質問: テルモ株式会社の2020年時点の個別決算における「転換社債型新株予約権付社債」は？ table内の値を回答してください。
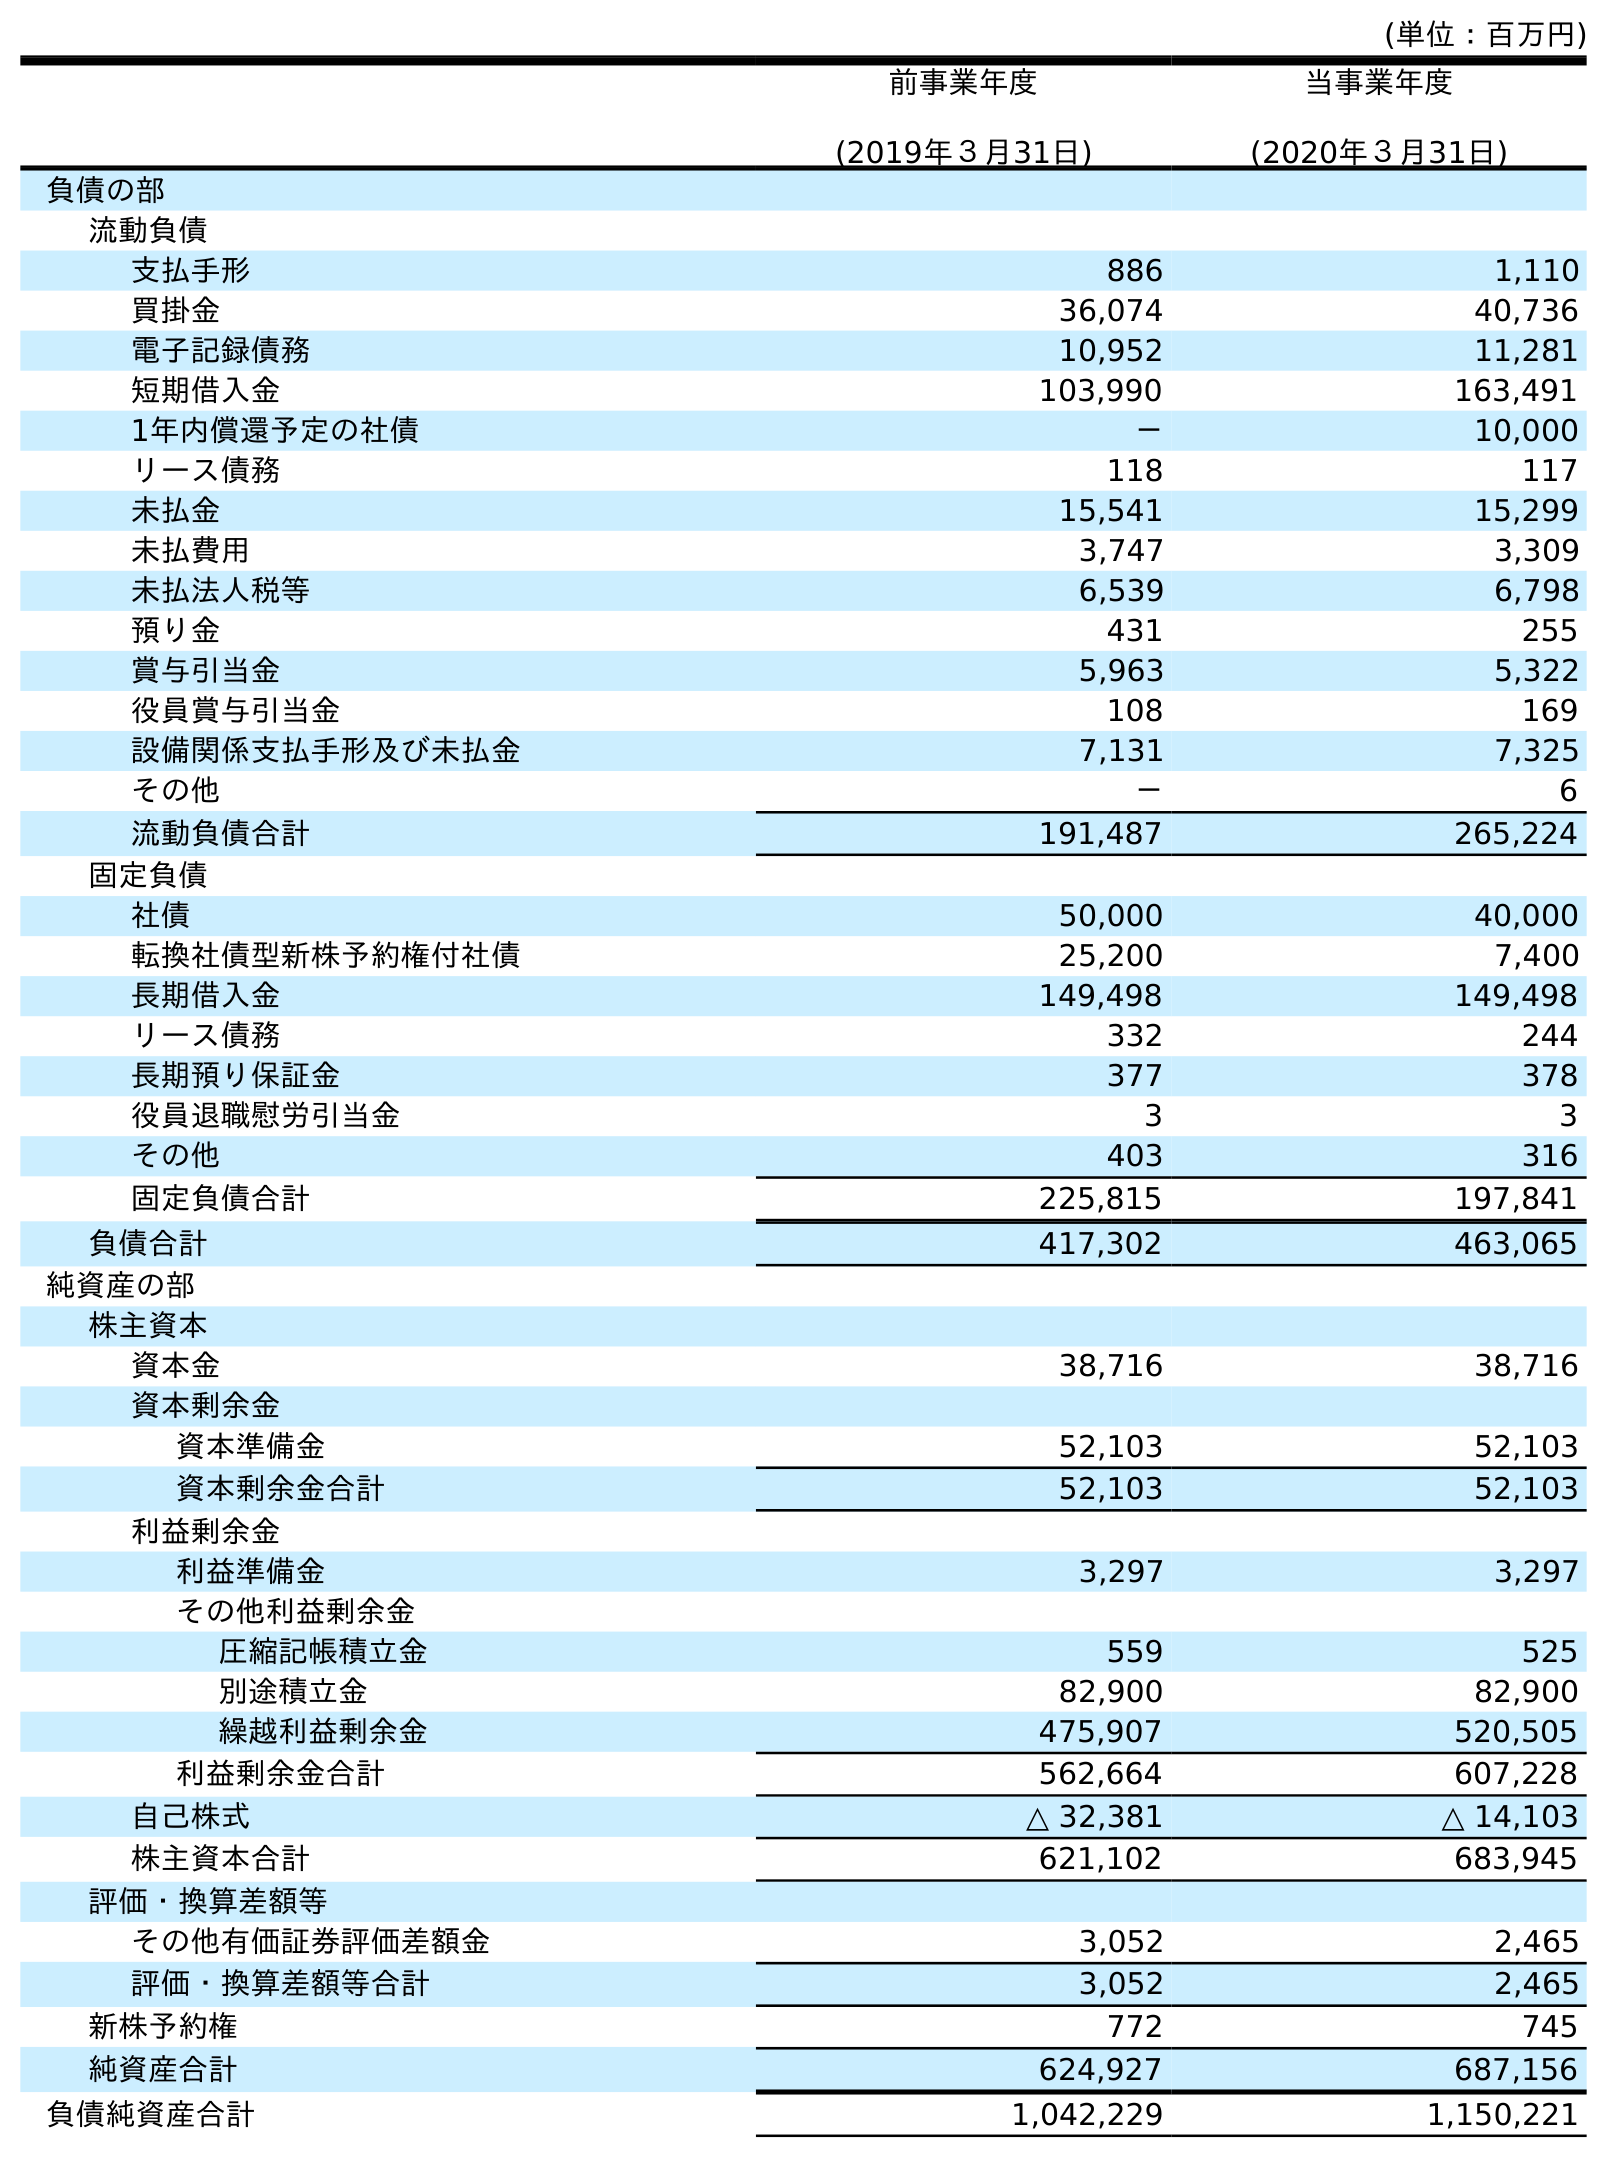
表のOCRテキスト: (単位：百万円) 前事業年度 (2019年３月31日) 当事業年度 (2020年３月31日) 負債の部 流動負債 支払手形 886 1,110 買掛金 36,074 40,736 電子記録債務 10,952 11,281 短期借入金 103,990 163,491 1年内償還予定の社債 － 10,000 リース債務 118 117 未払金 15,541 15,299 未払費用 3,747 3,309 未払法人税等 6,539 6,798 預り金 431 255 賞与引当金 5,963 5,322 役員賞与引当金 108 169 設備関係支払手形及び未払金 7,131 7,325 その他 － 6 流動負債合計 191,487 265,224 固定負債 社債 50,000 40,000 転換社債型新株予約権付社債 25,200 7,400 長期借入金 149,498 149,498 リース債務 332 244 長期預り保証金 377 378 役員退職慰労引当金 3 3 その他 403 316 固定負債合計 225,815 197,841 負債合計 417,302 463,065 純資産の部 株主資本 資本金 38,716 38,716 資本剰余金 資本準備金 52,103 52,103 資本剰余金合計 52,103 52,103 利益剰余金 利益準備金 3,297 3,297 その他利益剰余金 圧縮記帳積立金 559 525 別途積立金 82,900 82,900 繰越利益剰余金 475,907 520,505 利益剰余金合計 562,664 607,228 自己株式 △ 32,381 △ 14,103 株主資本合計 621,102 683,945 評価・換算差額等 その他有価証券評価差額金 3,052 2,465 評価・換算差額等合計 3,052 2,465 新株予約権 772 745 純資産合計 624,927 687,156 負債純資産合計 1,042,229 1,150,221
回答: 7,400